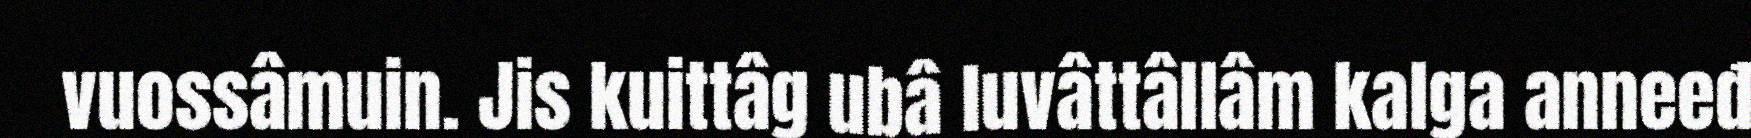
vuossâmuin. Jis kuittâg ubâ luvâttâllâm kalga anneeđ